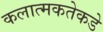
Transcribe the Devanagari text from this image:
कलात्मकतेकडे